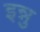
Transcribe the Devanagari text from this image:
इन्नु